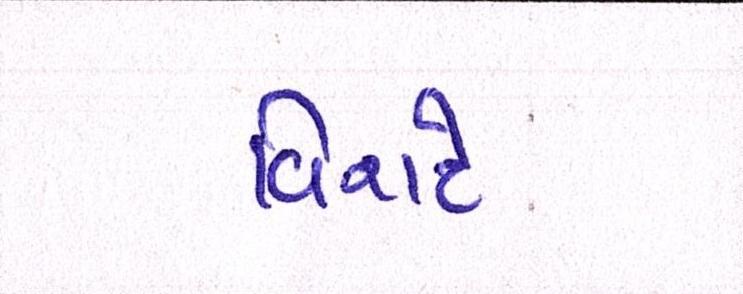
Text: વિરાટે